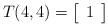
LaTeX: \begin{align*}T(4,4) & = \left[ \begin {array}{c} 1\end {array} \right] & \end{align*}